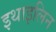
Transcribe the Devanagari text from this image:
इथाइलिन